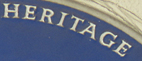
HERITAGE